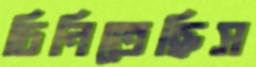
চিনিতেছিস